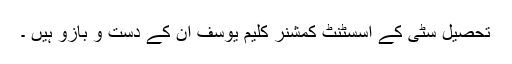
تحصیل سٹی کے اسسٹنٹ کمشنر کلیم یوسف ان کے دست و بازو ہیں ۔